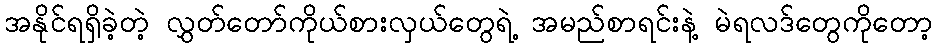
အနိုင်ရရှိခဲ့တဲ့ လွှတ်တော်ကိုယ်စားလှယ်တွေရဲ့ အမည်စာရင်းနဲ့ မဲရလဒ်တွေကိုတော့